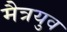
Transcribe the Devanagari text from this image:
मैत्रयुव